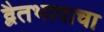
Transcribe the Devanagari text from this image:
द्वैतभावाचा